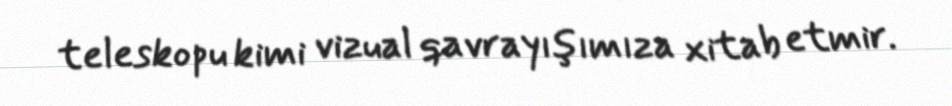
teleskopu kimi vizual qavrayışımıza xitab etmir.